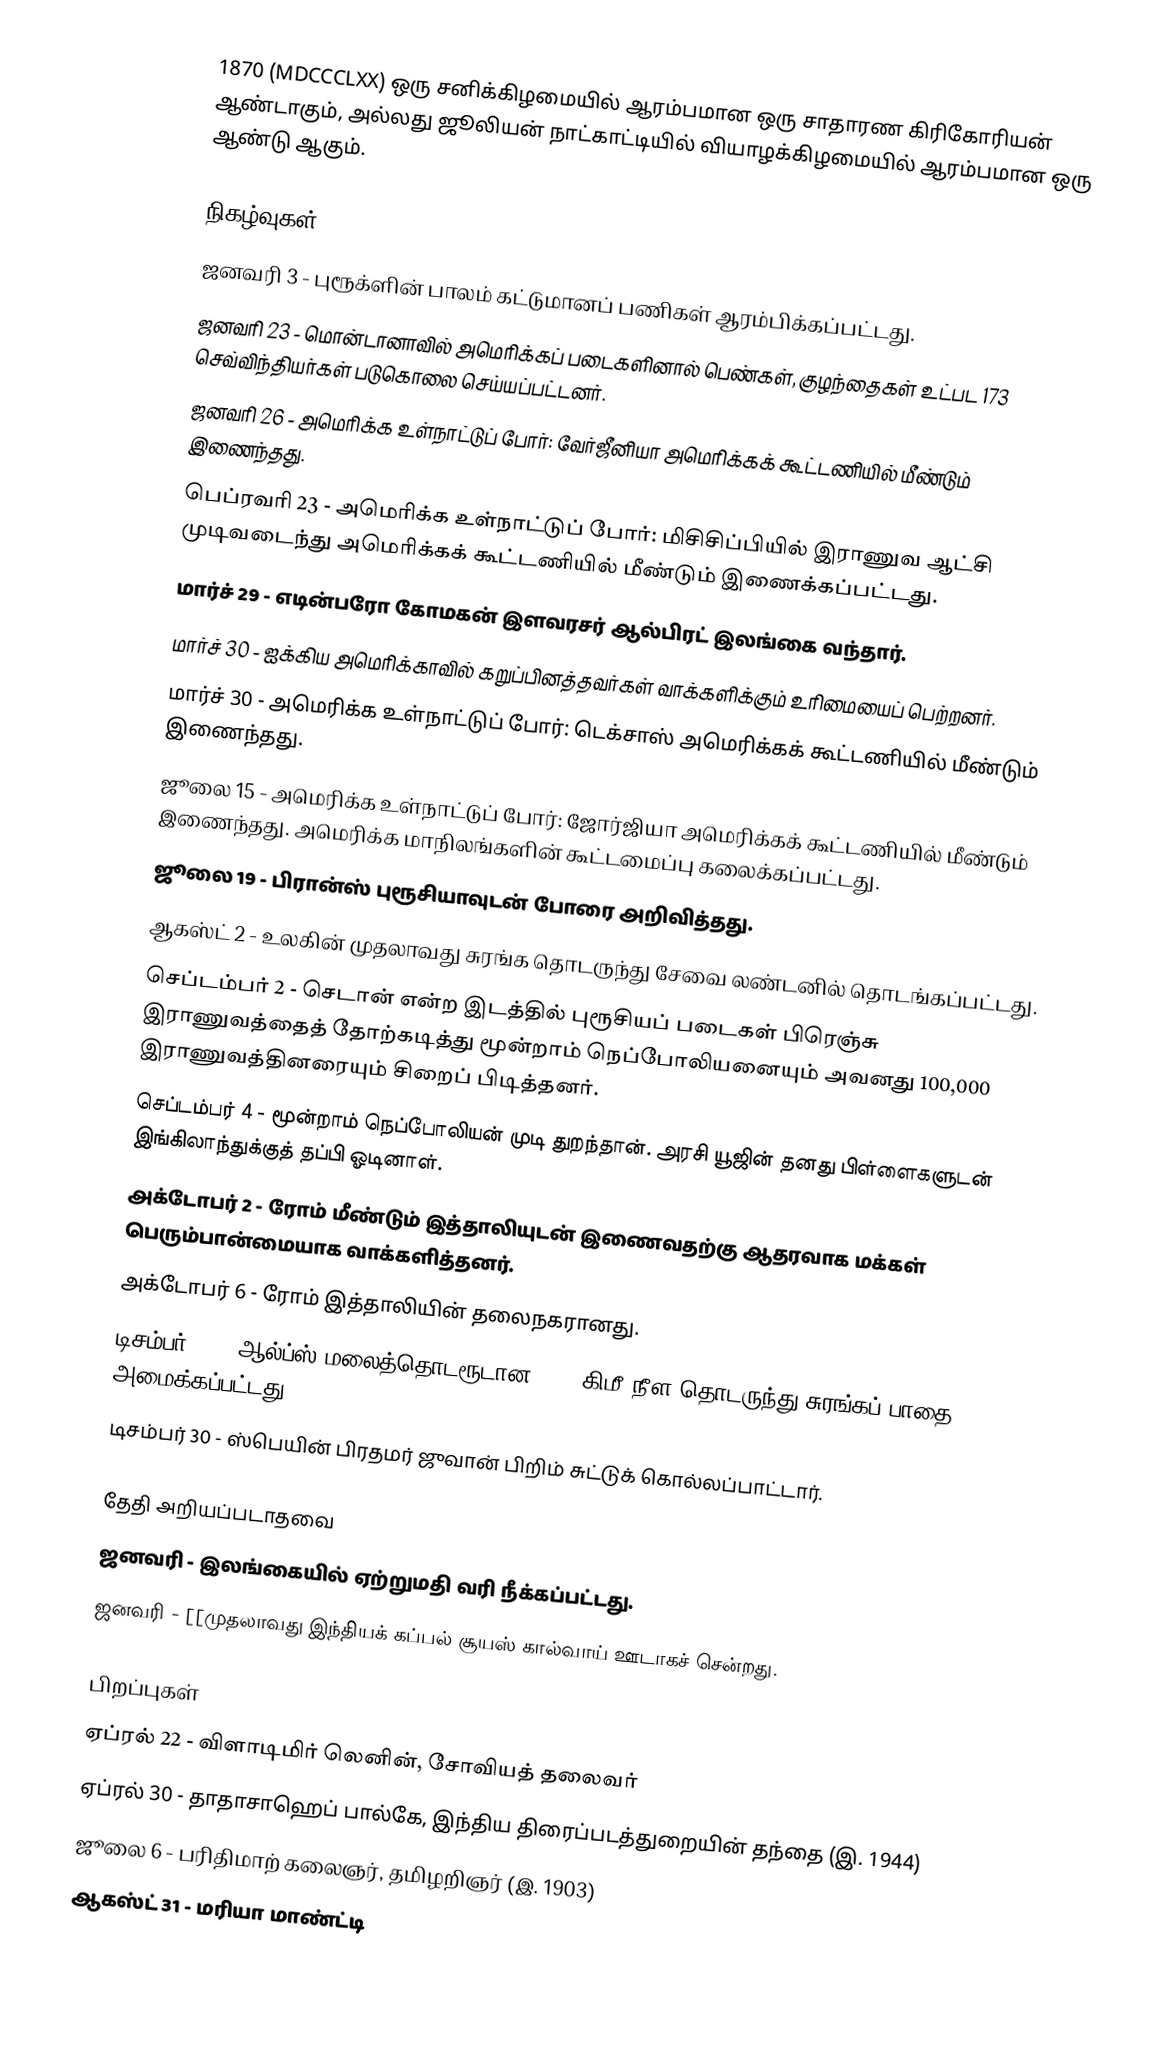
1870  (MDCCCLXX) ஒரு சனிக்கிழமையில் ஆரம்பமான ஒரு சாதாரண கிரிகோரியன் ஆண்டாகும், அல்லது ஜூலியன் நாட்காட்டியில் வியாழக்கிழமையில் ஆரம்பமான ஒரு ஆண்டு ஆகும்.

நிகழ்வுகள்
 ஜனவரி 3 - புரூக்ளின் பாலம் கட்டுமானப் பணிகள் ஆரம்பிக்கப்பட்டது.
 ஜனவரி 23 - மொன்டானாவில் அமெரிக்கப் படைகளினால் பெண்கள், குழந்தைகள் உட்பட 173 செவ்விந்தியர்கள் படுகொலை செய்யப்பட்டனர்.
 ஜனவரி 26 - அமெரிக்க உள்நாட்டுப் போர்: வேர்ஜீனியா அமெரிக்கக் கூட்டணியில் மீண்டும் இணைந்தது.
 பெப்ரவரி 23 - அமெரிக்க உள்நாட்டுப் போர்: மிசிசிப்பியில் இராணுவ ஆட்சி முடிவடைந்து அமெரிக்கக் கூட்டணியில் மீண்டும் இணைக்கப்பட்டது.
 மார்ச் 29 - எடின்பரோ கோமகன் இளவரசர் ஆல்பிரட் இலங்கை வந்தார்.
 மார்ச் 30 - ஐக்கிய அமெரிக்காவில் கறுப்பினத்தவர்கள் வாக்களிக்கும் உரிமையைப் பெற்றனர்.
 மார்ச் 30 - அமெரிக்க உள்நாட்டுப் போர்: டெக்சாஸ் அமெரிக்கக் கூட்டணியில் மீண்டும் இணைந்தது.
 ஜூலை 15 - அமெரிக்க உள்நாட்டுப் போர்: ஜோர்ஜியா அமெரிக்கக் கூட்டணியில் மீண்டும் இணைந்தது. அமெரிக்க மாநிலங்களின் கூட்டமைப்பு கலைக்கப்பட்டது.
 ஜூலை 19 - பிரான்ஸ் புரூசியாவுடன் போரை அறிவித்தது.
 ஆகஸ்ட் 2 - உலகின் முதலாவது சுரங்க தொடருந்து சேவை லண்டனில் தொடங்கப்பட்டது.
 செப்டம்பர் 2 - செடான் என்ற இடத்தில் புரூசியப் படைகள் பிரெஞ்சு இராணுவத்தைத் தோற்கடித்து மூன்றாம் நெப்போலியனையும் அவனது 100,000 இராணுவத்தினரையும் சிறைப் பிடித்தனர்.
 செப்டம்பர் 4 - மூன்றாம் நெப்போலியன் முடி துறந்தான். அரசி யூஜின் தனது பிள்ளைகளுடன் இங்கிலாந்துக்குத் தப்பி ஓடினாள்.
 அக்டோபர் 2 - ரோம் மீண்டும் இத்தாலியுடன் இணைவதற்கு ஆதரவாக மக்கள் பெரும்பான்மையாக வாக்களித்தனர்.
 அக்டோபர் 6 - ரோம் இத்தாலியின் தலைநகரானது.
 டிசம்பர் 26 - ஆல்ப்ஸ் மலைத்தொடரூடான 12.8-கிமீ நீள தொடருந்து சுரங்கப் பாதை அமைக்கப்பட்டது.
 டிசம்பர் 30 - ஸ்பெயின் பிரதமர் ஜுவான் பிறிம் சுட்டுக் கொல்லப்பாட்டார்.

தேதி அறியப்படாதவை
 ஜனவரி - இலங்கையில் ஏற்றுமதி வரி நீக்கப்பட்டது.
 ஜனவரி - [[முதலாவது இந்தியக் கப்பல் சூயஸ் கால்வாய் ஊடாகச் சென்றது.

பிறப்புகள்
 ஏப்ரல் 22 - விளாடிமிர் லெனின், சோவியத் தலைவர்
 ஏப்ரல் 30 - தாதாசாஹெப் பால்கே, இந்திய திரைப்படத்துறையின் தந்தை (இ. 1944)
 ஜூலை 6 - பரிதிமாற் கலைஞர், தமிழறிஞர் (இ. 1903)
 ஆகஸ்ட் 31 - மரியா மாண்ட்டி